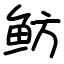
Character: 鲂